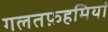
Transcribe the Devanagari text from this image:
गलतफ़हमियां